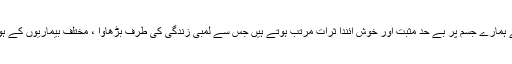
حرکت زندگی کا دوسرا نام ہے اوروز انہ کی ورزش سے ہمارے جسم پر بے حد مثبت اور خوش آئندا ثرات مرتب ہوتے ہیں جس سے لمبی زندگی کی طرف بڑھاوا ، مختلف بیماریوں کے ہونے کی شرح میں کمی ، وزن میں کمی وغیرہ شامل ہیں ۔